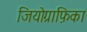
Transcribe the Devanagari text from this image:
जियोग्राफ़िका